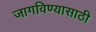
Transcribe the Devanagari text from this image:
जागविण्यासाठी